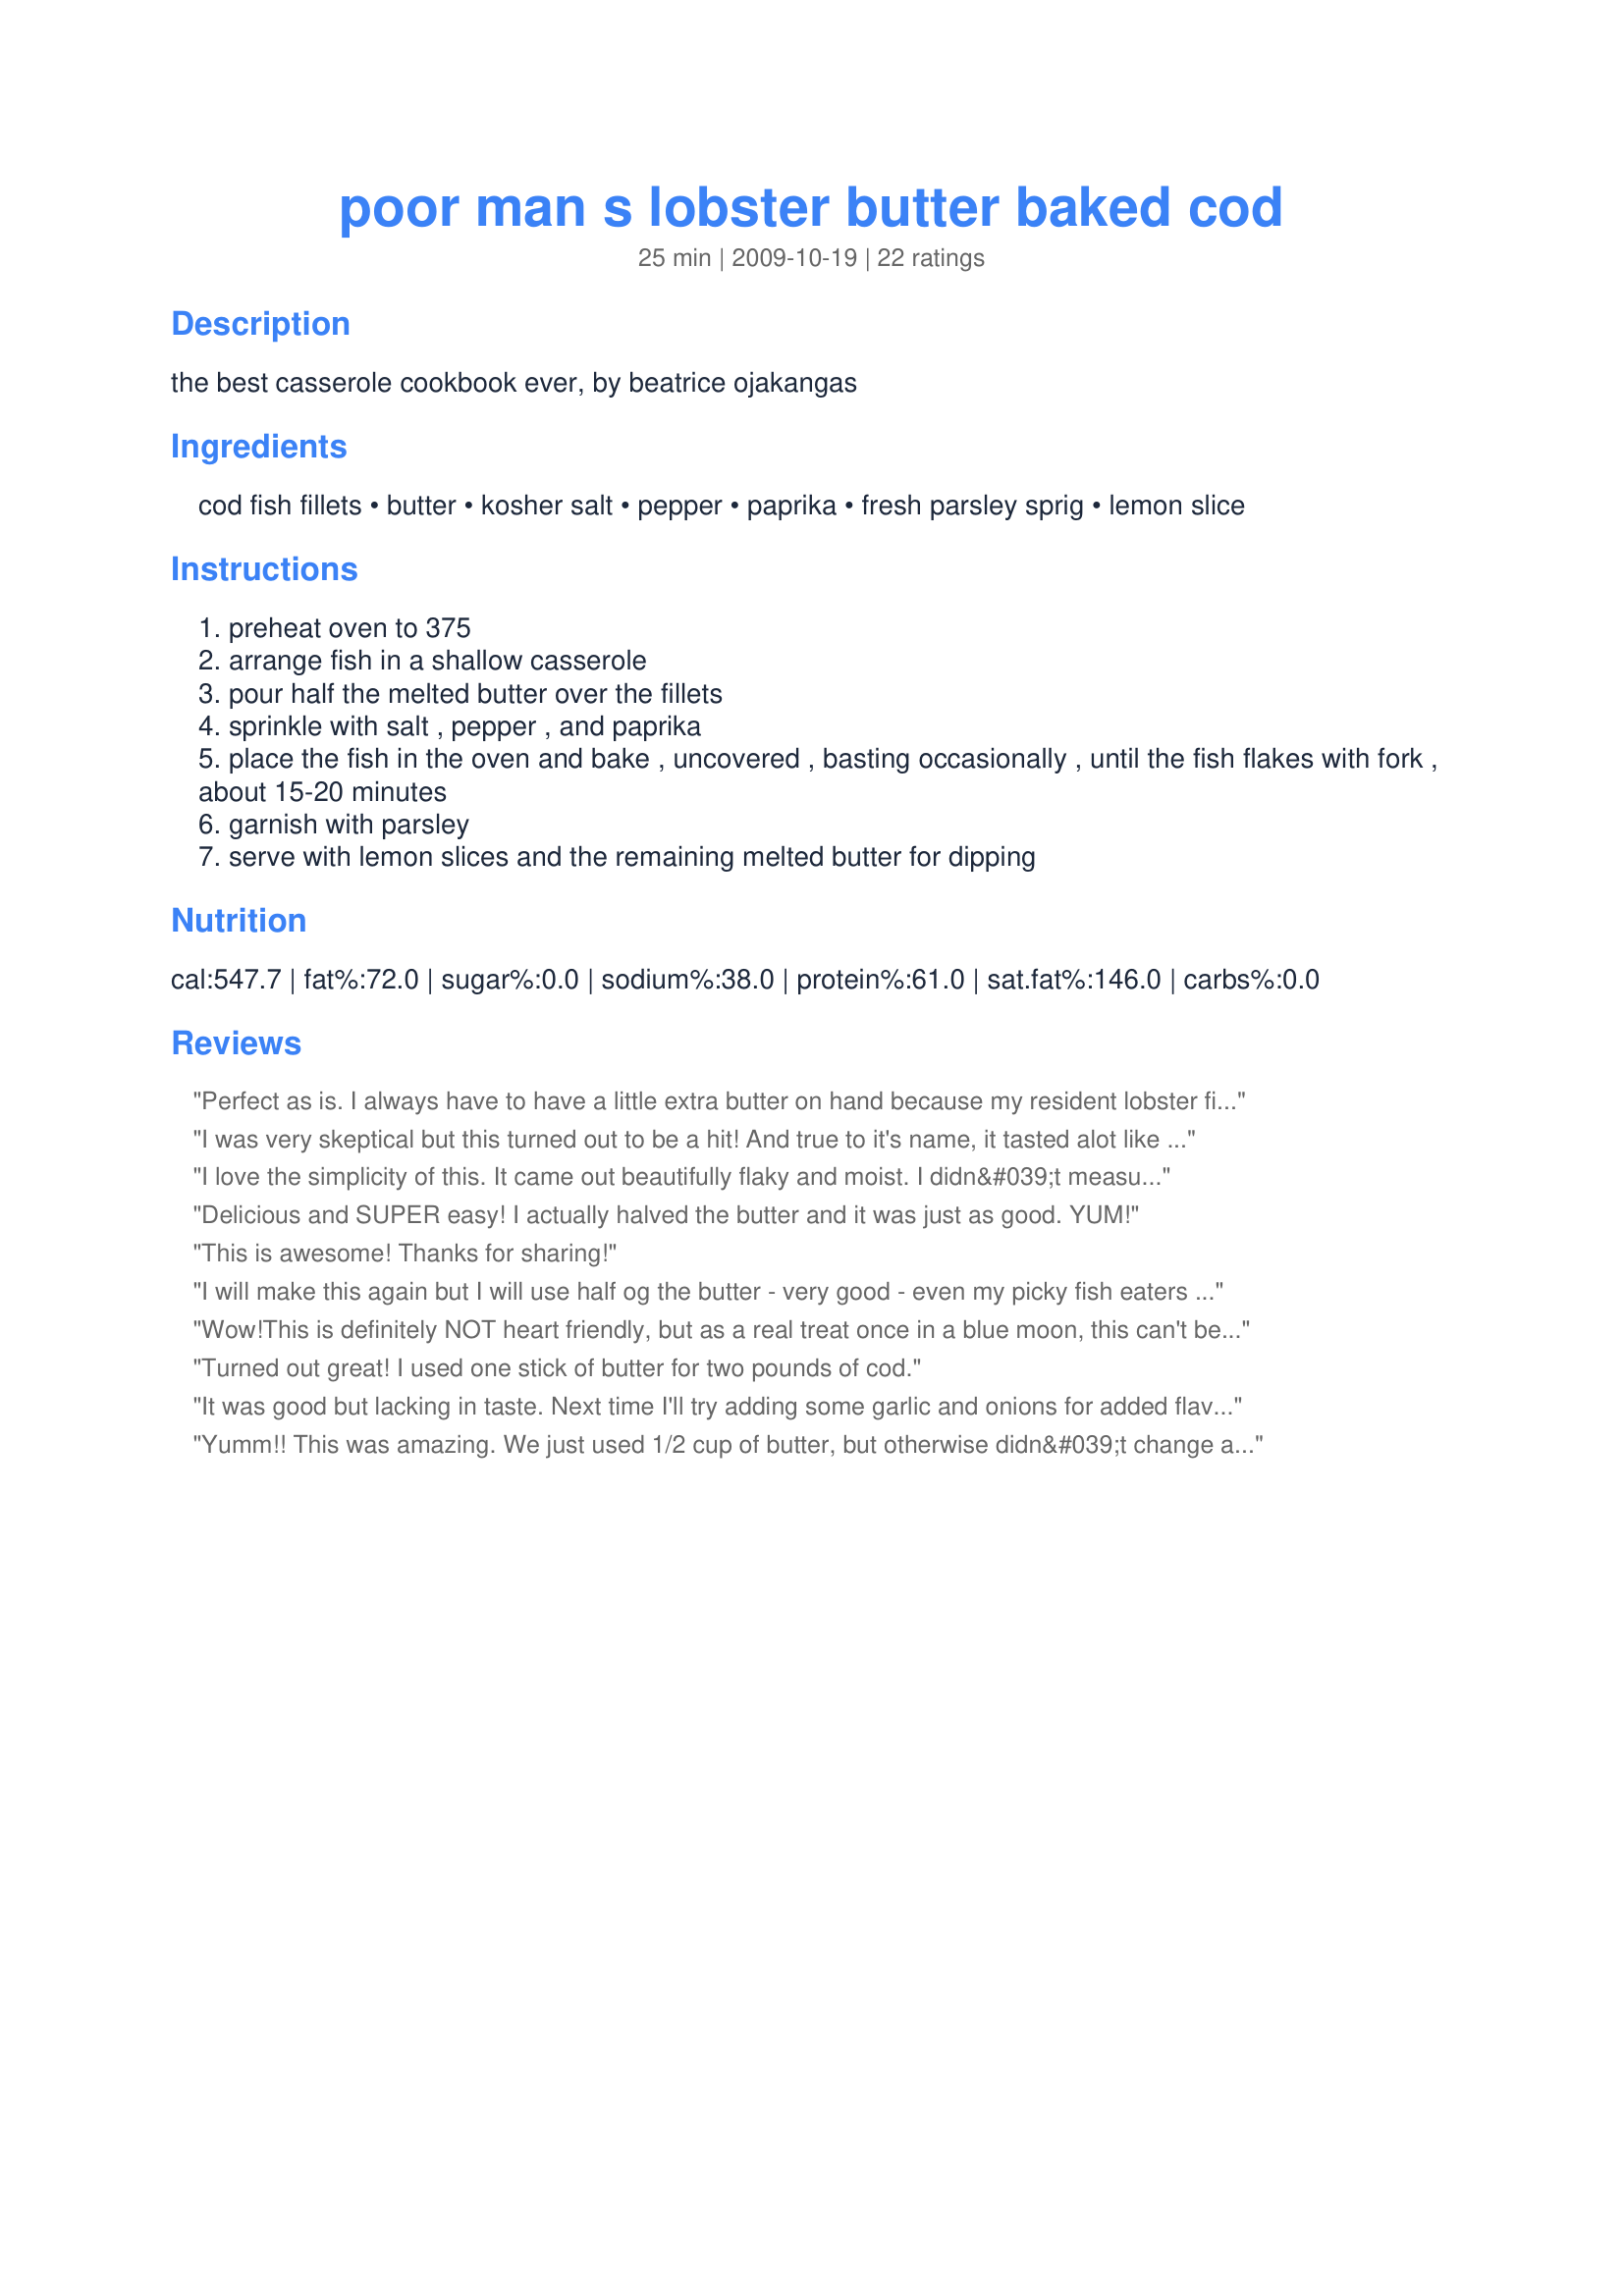
poor man s lobster butter baked cod
Preparation time: 25 minutes

the best casserole cookbook ever, by beatrice ojakangas

Ingredients:
cod fish fillets, butter, kosher salt, pepper, paprika, fresh parsley sprig, lemon slice

Steps:
preheat oven to 375
arrange fish in a shallow casserole
pour half the melted butter over the fillets
sprinkle with salt , pepper , and paprika
place the fish in the oven and bake , uncovered , basting occasionally , until the fish flakes with fork , about 15-20 minutes
garnish with parsley
serve with lemon slices and the remaining melted butter for dipping

Reviews:
Perfect as is. I always have to have a little extra butter on hand because my resident lobster fiend is also a butter lover... ;-)
I was very skeptical but this turned out to be a hit! And true to it's name, it tasted alot like lobster! Excellant paired with red taters and corn.
I love the simplicity of this. It came out beautifully flaky and moist. I didn&#039;t measure anything and I only cooked 1/2 pound of cod, but yum!
Delicious and SUPER easy! I actually halved the butter and it was just as good. YUM!
This is awesome! Thanks for sharing!
I will make this again but I will use half og the butter - very good - even my picky fish eaters loved it.
Wow!This is definitely NOT heart friendly, but as a real treat once in a blue moon, this can't be beat! Delish!
With a green salad and new potatoes on the side, you are eating like royalty for very little money!
Turned out great! I used one stick of butter for two pounds of cod.
It was good but lacking in taste. Next time I'll try adding some garlic and onions for added flavor. And maybe melt a slice of mozzarella cheese on top of it and then dip it in that wonderful butter. OOOOOOHH, so fattening but sooooooo yummy.
Yumm!! This was amazing. We just used 1/2 cup of butter, but otherwise didn&#039;t change a thing. Definitely will make again!
i saw this after i had put lemon juice and olive oil with fresh thyme,thin asparagus, baby tomatoes and salt. I had 2 large pieces of cod. Took out of the oven and added about a third of cup of melted butter. Cheap and easy meal, will try with just butter and spices next time. I used the juices to mash with potatoes as well as pour over fish.
EASY &amp; TASTY! Amazing how this tastes like lobster. Makes me wonder if I'm getting this when I order lobster, lol.
My Husband and I are trying to eat more fish, and I love this recipe - but as it has a lot of fat I try not to make it every time we have it, but it is very good. I used other types of fish and they came out delicious!!
This may not be for the faint of heart, but it is SOOOOOOOOOO good!!! I used LAWRY'S Lemon Pepper in place of regular pepper. It was too hot to use the oven, so I cooked it on the grill, using the indirect-method for about 15-20 minutes...EXCELLANT!!! Will most definately make this again...& again!!! THANKS!!!!!
I used wild caught cod pieces from trader joes in the freezer section. 1lb only about $5 and it is more than enough for three servings of this recipe! I baked it a little too long but now i know for next time.
I love lobster, but can't afford it often. Tried this recipe for the first time tonight. It is super easy and super yummy! I will definitely be making this again and again. Just because I love garlic with everything, I substituted garlic salt. For me, it ramped up the yum factor.
This recipe made eating fish fun. We cut back to 1/4 cup of butter just to cook the fish. It is my favorite seafood meal right now!
I always use a bit of sugar with the butter. Make it taste like lobster.
I really wasn't expecting a lot from this recipe but it REALLY DOES taste like lobster! I halved the butter and used old bay seasoning after I took some advice from the reviews.
We all LOVE lobster, but here in the Great lakes it's expensive. My DH called his mother to rave about this recipe! My daughter who hates cod loves this recipe. It's a KEEPER!!!
I had two pounds of cod. I used the cup butter but used 1/2 teaspoon of salt, pepper and old bay. I had to cook mine for 40 minutes as my cod was thick. My family really enjoyed this. They asked me why I didn&#039;t cook more. It did have too much butter and I would cut that by half next time but this had a great taste to it.
Wife loved it (so did I)! That says it all. I got 10 points for making it!
